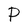
Character: P